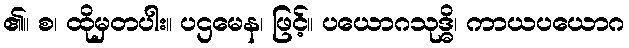
၏။ စ၊ ထိုမှတပါး။ ပဌမေန၊ ဖြင့်။ ပယောဂသုဒ္ဓိ၊ ကာယပယောဂ